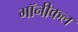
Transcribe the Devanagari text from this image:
गॉनीकल